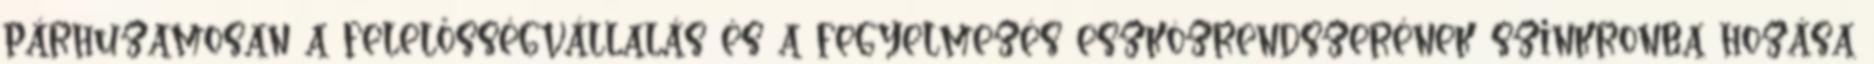
párhuzamosan a felelősségvállalás és a fegyelmezés eszközrendszerének szinkronba hozása